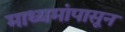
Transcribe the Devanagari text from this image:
माध्यमांपासून